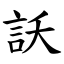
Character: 訞